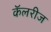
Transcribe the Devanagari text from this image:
कॅलरीज